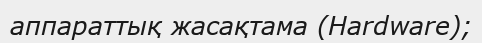
аппараттық жасақтама (Hardware);